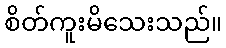
စိတ်ကူးမိသေးသည်။